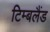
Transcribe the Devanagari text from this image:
टिम्बलैंड